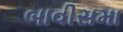
બાવીસમા